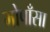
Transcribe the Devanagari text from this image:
मोपाँसा